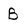
Character: B